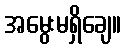
အမွေးမရှိချေ။